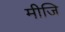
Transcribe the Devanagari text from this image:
मीजि